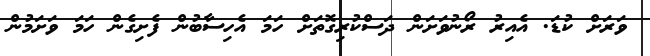
ވަރަށް ކުޑަ. އެއިރު ރޯނުވަށަން ދަސްކުރިގޮތަށް ހަމަ އެހިސާބުން ފެށިގެން ހަމަ ވަށަމުން